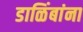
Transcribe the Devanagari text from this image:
डाळिंबांना